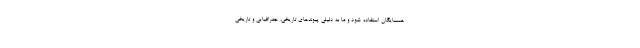
همسایگان استفاده شود و ما به دلیلی پیوندهای تاریخی، جغرافیایی و تاریخی